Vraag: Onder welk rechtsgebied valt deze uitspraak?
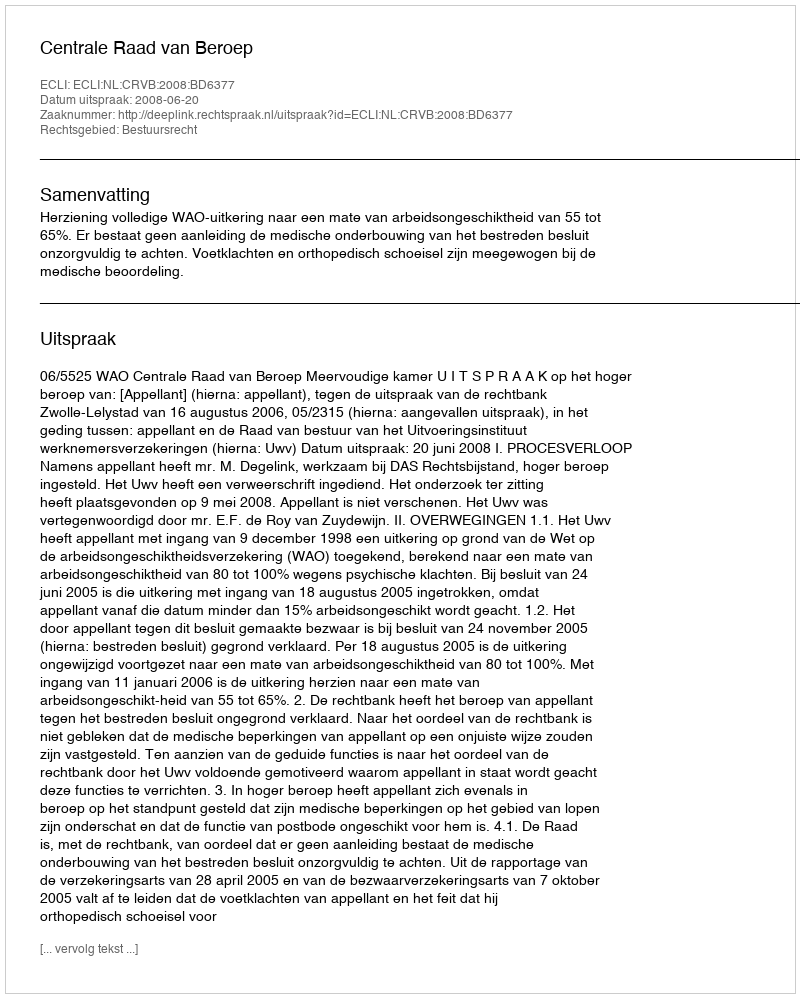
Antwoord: Bestuursrecht